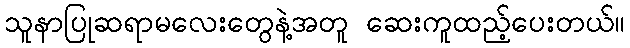
သူနာပြုဆရာမလေးတွေနဲ့အတူ ဆေးကူထည့်ပေးတယ်။